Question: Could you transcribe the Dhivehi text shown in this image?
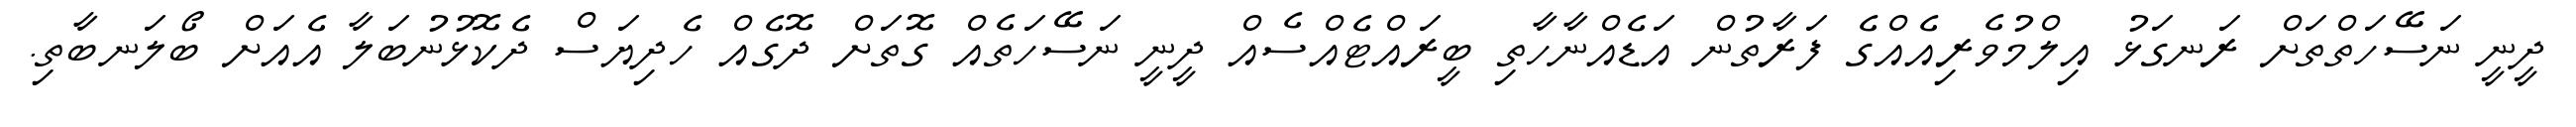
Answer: ދީނީ ނަސޭހަތްތަށް ރަނގަޅު އިލްމުވެރިއެއްގެ ފަރާތުން އަޑެއްނާހާތި ބީރައްޓެއްސެއް ދީނީ ނަސޭހަތެއް ގޮތަށް ދޮގެއް ހެދިޔަސް ދެކޮޅުނުބަލާ އެއަށް ބޯލަނބާތި.